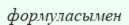
формуласымен